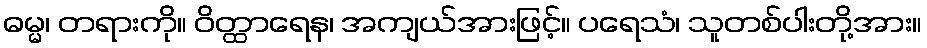
ဓမ္မ၊ တရားကို။ ဝိတ္ထာရေန၊ အကျယ်အားဖြင့်။ ပရေသံ၊ သူတစ်ပါးတို့အား။